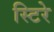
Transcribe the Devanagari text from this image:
स्टिरे